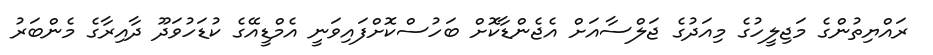
ރައްޔިތުންގެ މަޖިލީހުގެ މިއަދުގެ ޖަލްސާއަށް އެޖެންޑާކޮށް ބަހުސްކޮށްފައިވަނީ އެމްޑީއޭގެ ކުޑަހުވަދޫ ދާއިރާގެ މެންބަރު